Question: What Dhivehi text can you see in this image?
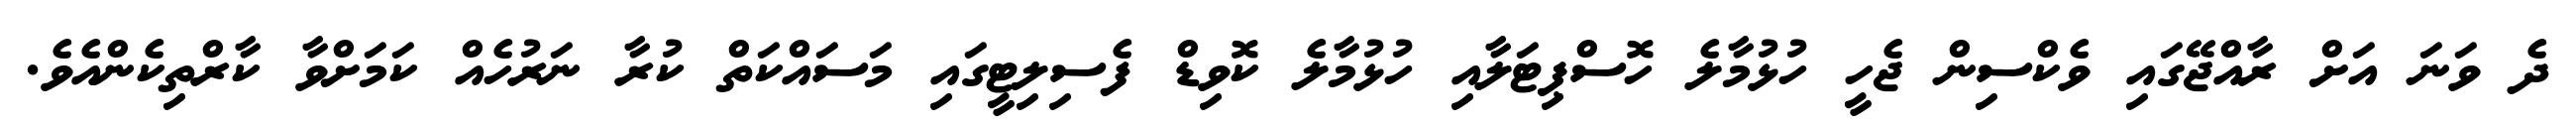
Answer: ދެ ވަނަ އަށް ރާއްޖޭގައި ވެކްސިން ޖެހީ ހުޅުމާލެ ހޮސްޕިޓަލާއި ހުޅުމާލެ ކޮވިޑް ފެސިލިޓީގައި މަސައްކަތް ކުރާ ނަރުހެއް ކަމަށްވާ ކާރްތިކެންއެވެ.